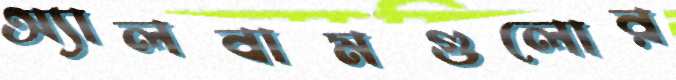
অ্যালবামগুলোর